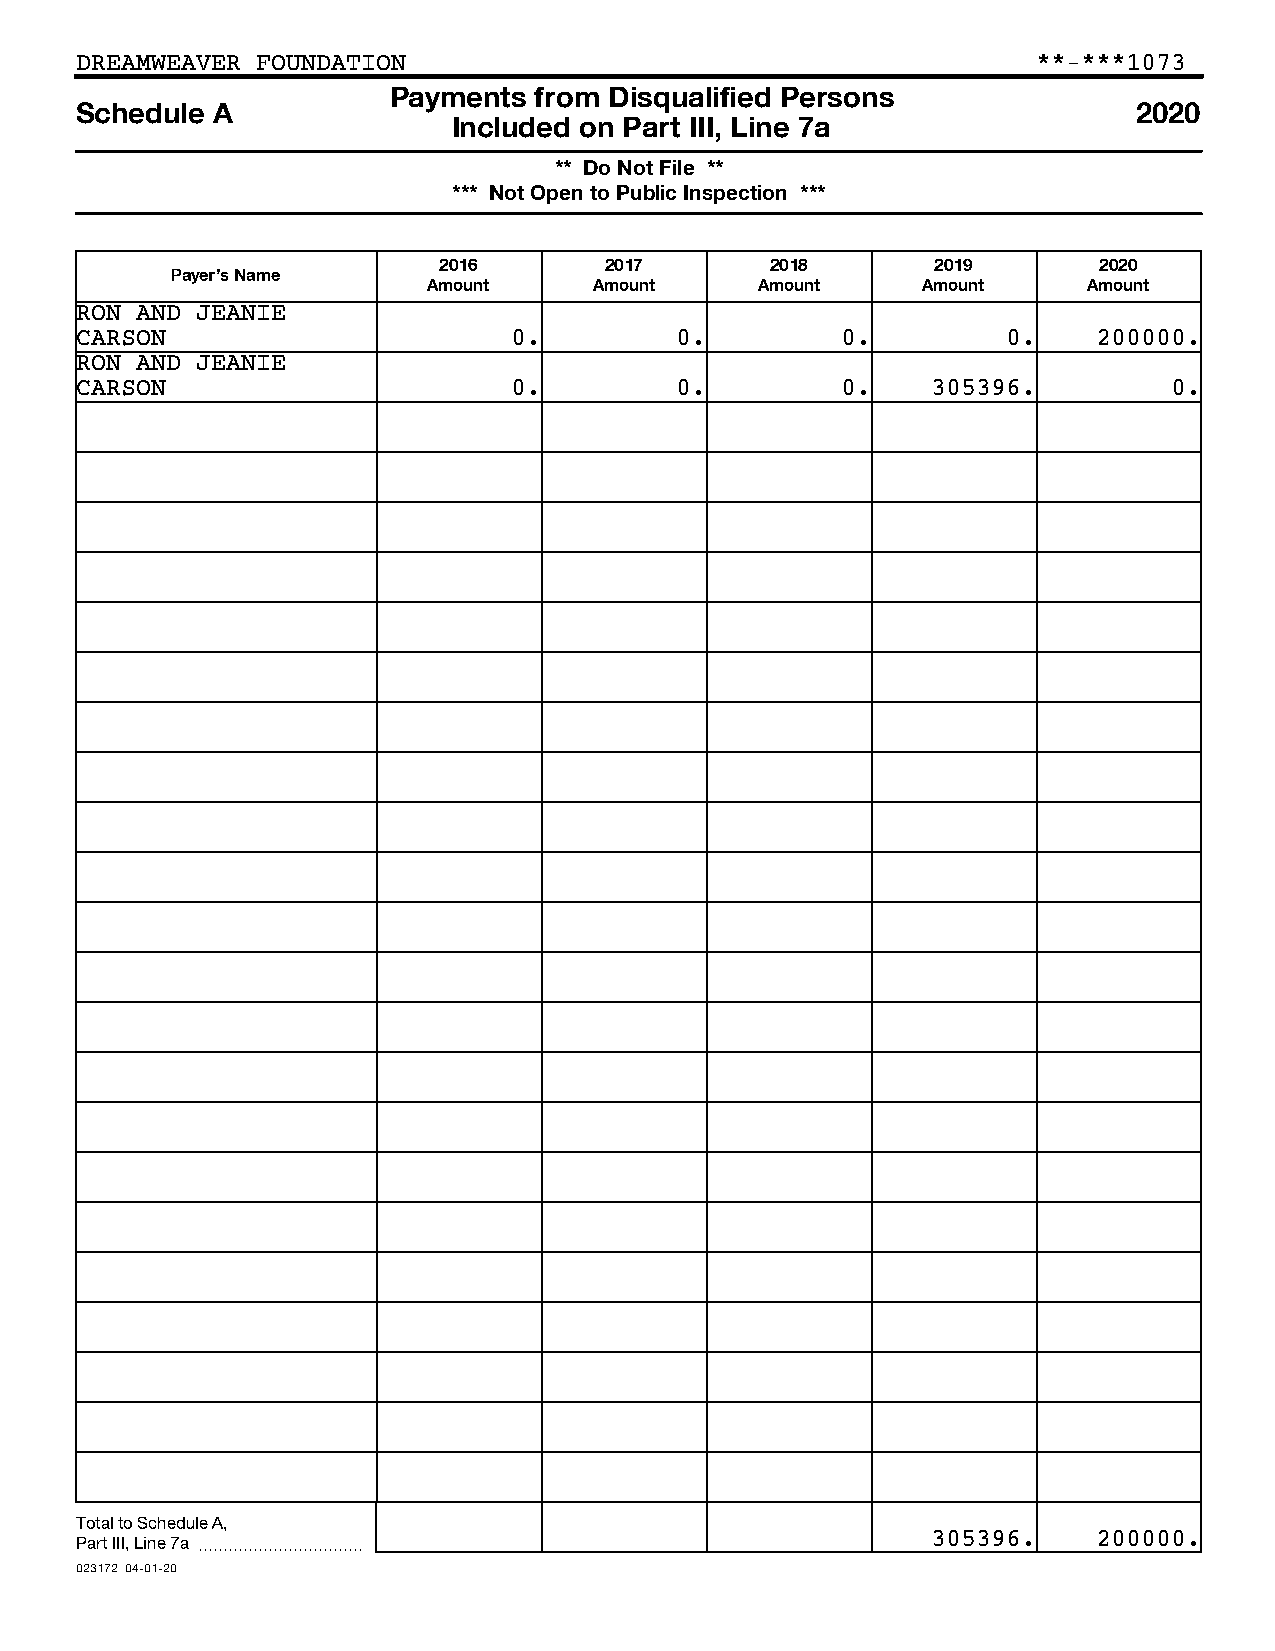
DREAMWEAVER FOUNDATION                                          **-***1073
 Payments from Disqualified Persons
 Schedule A                                                            2020
 Included on Part III, Line 7a
 ** Do Not File **
 *** Not Open to Public Inspection ***
 2016       2017       2018       2019       2020
 Payer’s Name
 Amount     Amount     Amount     Amount     Amount
 RON AND JEANIE
 CARSON                       0.         0.         0.         0.    200000.
 RON AND JEANIE
 CARSON                       0.         0.         0.    305396.         0.
 Total to Schedule A,
 Part III, Line 7a ~~~~~~~~~~~                            305396.    200000.
 023172 04-01-20